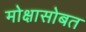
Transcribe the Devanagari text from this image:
मोक्षासोबत